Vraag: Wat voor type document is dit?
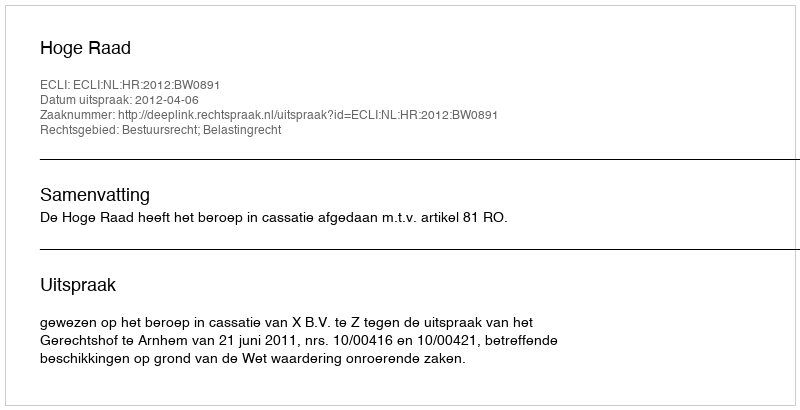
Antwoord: Uitspraak